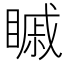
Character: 𥉷